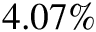
4 . 0 7 \%